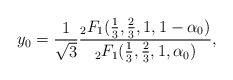
LaTeX: \begin{align*}y_0=\frac{1}{\sqrt{3}} \frac{_2F_1(\frac{1}{3},\frac{2}{3},1,1-\alpha_0)}{_2F_1(\frac{1}{3},\frac{2}{3},1,\alpha_0)},\end{align*}